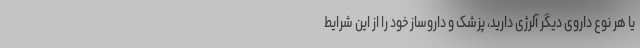
یا هر نوع داروی دیگر آلرژی دارید، پزشک و داروساز خود را از این شرایط